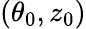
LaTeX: (\theta_{0},z_{0})